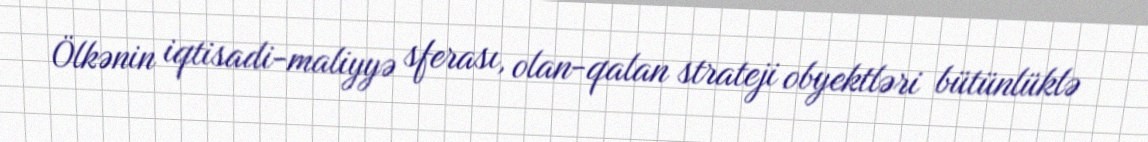
Ölkənin iqtisadi-maliyyə sferası, olan-qalan strateji obyektləri bütünlüklə